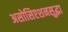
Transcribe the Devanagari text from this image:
असोसिएशनसुद्धा